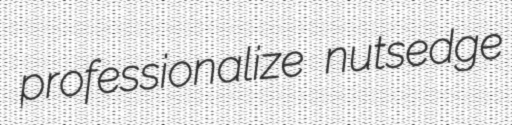
professionalize nutsedge